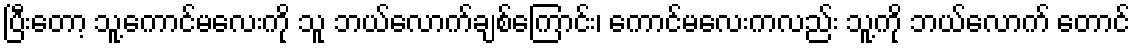
ပြီးတော့ သူ့ကောင်မလေးကို သူ ဘယ်လောက်ချစ်ကြောင်း၊ ကောင်မလေးကလည်း သူ့ကို ဘယ်လောက် တောင်